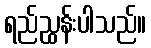
ရည်ညွှန်းပါသည်။